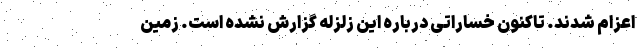
اعزام شدند. تاکنون خساراتی درباره این زلزله گزارش نشده است. زمین‌